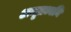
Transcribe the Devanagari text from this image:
अमृतध्वनि